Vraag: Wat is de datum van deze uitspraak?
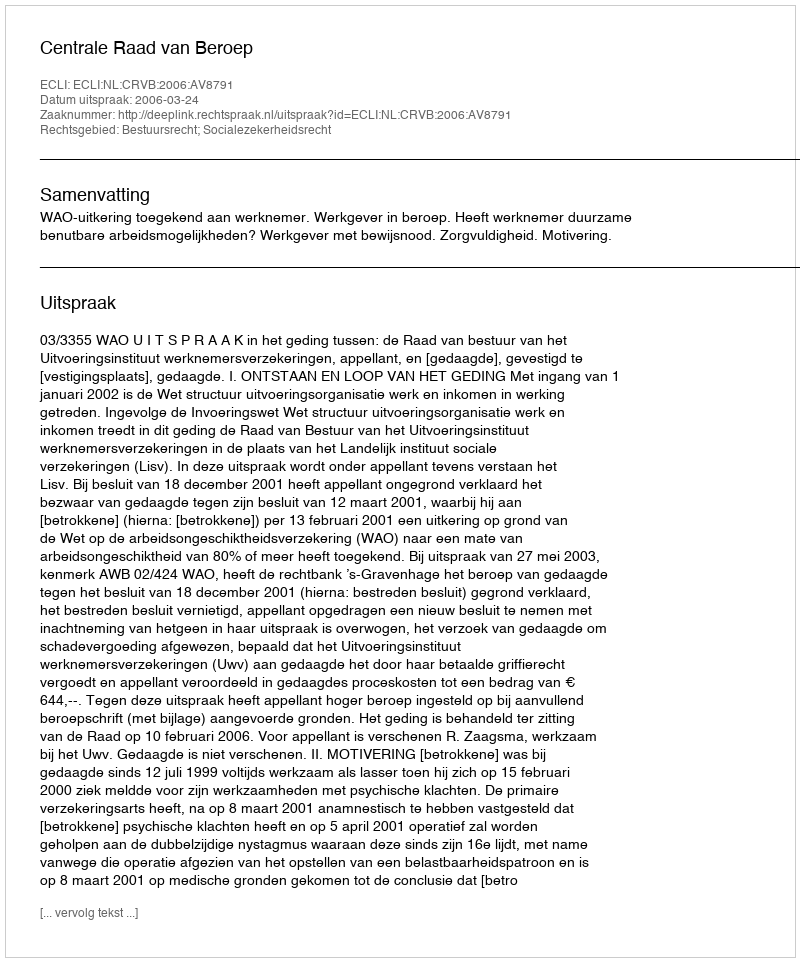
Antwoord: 2006-03-24